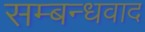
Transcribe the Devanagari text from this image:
सम्बन्धवाद